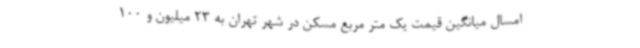
امسال میانگین قیمت یک متر مربع مسکن در شهر تهران به 23 میلیون و 100